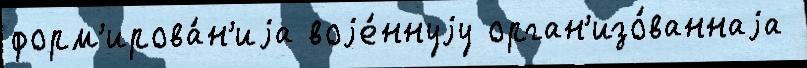
форм'ирова́н'иjа воjе́ннуjу орган'изо́ваннаjа